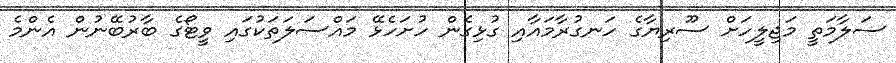
ސަލާމަތީ މަޖިލީހަށް ސޫރިޔާގެ ހަނގުރާމައާއި ގުޅިގެން ހުށަހެޅޭ މައްސަލަތަކުގައި ވީޓޯގެ ބާރުބޭނުން އެންމެ